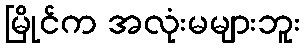
မြိုင်က အလုံးမများဘူး